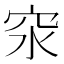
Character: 𥤼